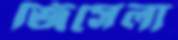
জিসেলা